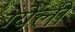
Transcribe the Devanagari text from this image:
ग्येली